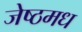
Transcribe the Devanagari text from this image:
जेष्ठमध